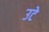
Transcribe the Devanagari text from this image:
उटे